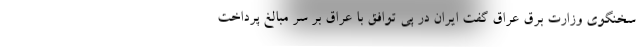
سخنگوی وزارت برق عراق گفت ایران در پی توافق با عراق بر سر مبالغ پرداخت